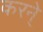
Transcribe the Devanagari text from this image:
करने्